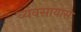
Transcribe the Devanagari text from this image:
व्‍यवसायास